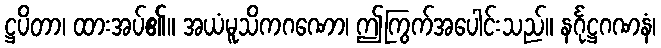
ဋ္ဌပိတာ၊ ထားအပ်၏။ အယံမူသိကဂဏော၊ ဤကြွက်အပေါင်းသည်။ နင်္ဂုဋ္ဌဂဏနံ၊